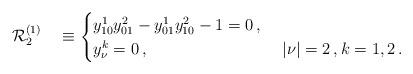
LaTeX: \begin{align*}\mathcal{R}_2^{(1)}\quad\equiv \begin{cases} y^1_{10}y^2_{01}-y^1_{01}y^2_{10}-1=0\,,\\ y^k_\nu=0\,,&\ |\nu|=2\,, k=1,2\,. \end{cases}\end{align*}